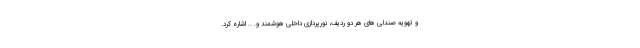
و تهویه صندلی های هر دو ردیف، نورپردازی داخلی هوشمند و. .. اشاره کرد.